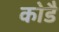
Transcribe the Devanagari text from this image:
कोडै